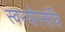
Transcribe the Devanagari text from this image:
स्वरयोरसंधि